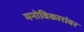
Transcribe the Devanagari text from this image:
मनोविकारांवर